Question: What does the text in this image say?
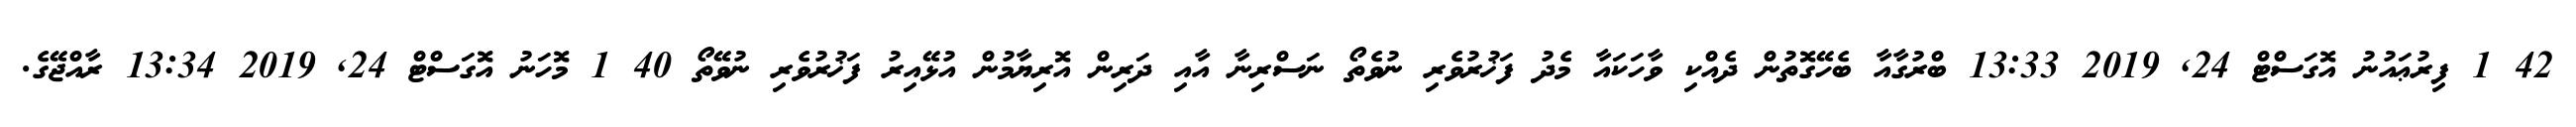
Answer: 42 1 ފިރުޢައުނު އޮގަސްޓް 24, 2019 13:33 ބްރުގާއާ ބެހޭގޮތުން ދެއްކި ވާހަކައާ މެދު ފަޚުރުވެރި ނުވެތޯ ނަސްރިނާ އާއި ދަރިން އޮރިޔާމުން އުޅޭއިރު ފަޚުރުވެރި ނުވޭތޯ 40 1 މޮހަނު އޮގަސްޓް 24, 2019 13:34 ރާއްޖޭގެ.